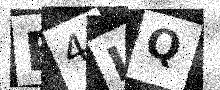
Text: F4IQ